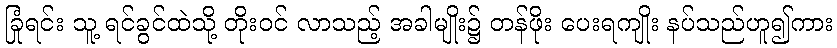
ခြုံရင်း သူ့ ရင်ခွင်ထဲသို့ တိုးဝင် လာသည့် အခါမျိုး၌ တန်ဖိုး ပေးရကျိုး နပ်သည်ဟူ၍ကား